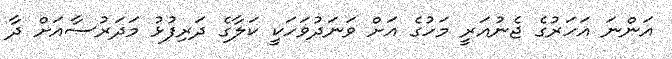
އަންނަ އަހަރުގެ ޖެނުއަރީ މަހުގެ އަށް ވަނަދުވަހަކީ ކަލާގެ ދަރިފުޅު މަދަރުސާއަށް ދާ